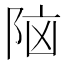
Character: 𮥅